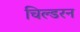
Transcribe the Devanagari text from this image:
चिल्डरन